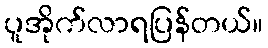
ပူအိုက်လာရပြန်တယ်။